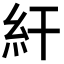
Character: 𥾍